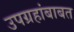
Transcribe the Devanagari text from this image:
उपग्रहांबाबत